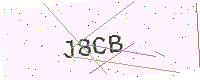
Text: J8CB